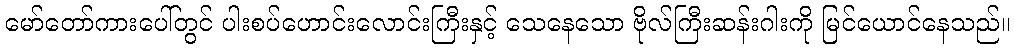
မော်တော်ကားပေါ်တွင် ပါးစပ်ဟောင်းလောင်းကြီးနှင့် သေနေသော ဗိုလ်ကြီးဆန်းဂါးကို မြင်ယောင်နေသည်။